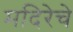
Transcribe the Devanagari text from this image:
मदिरेचे